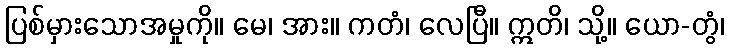
ပြစ်မှားသောအမှုကို။ မေ၊ အား။ ကတံ၊ လေပြီ။ ဣတိ၊ သို့။ ယော-တွံ၊